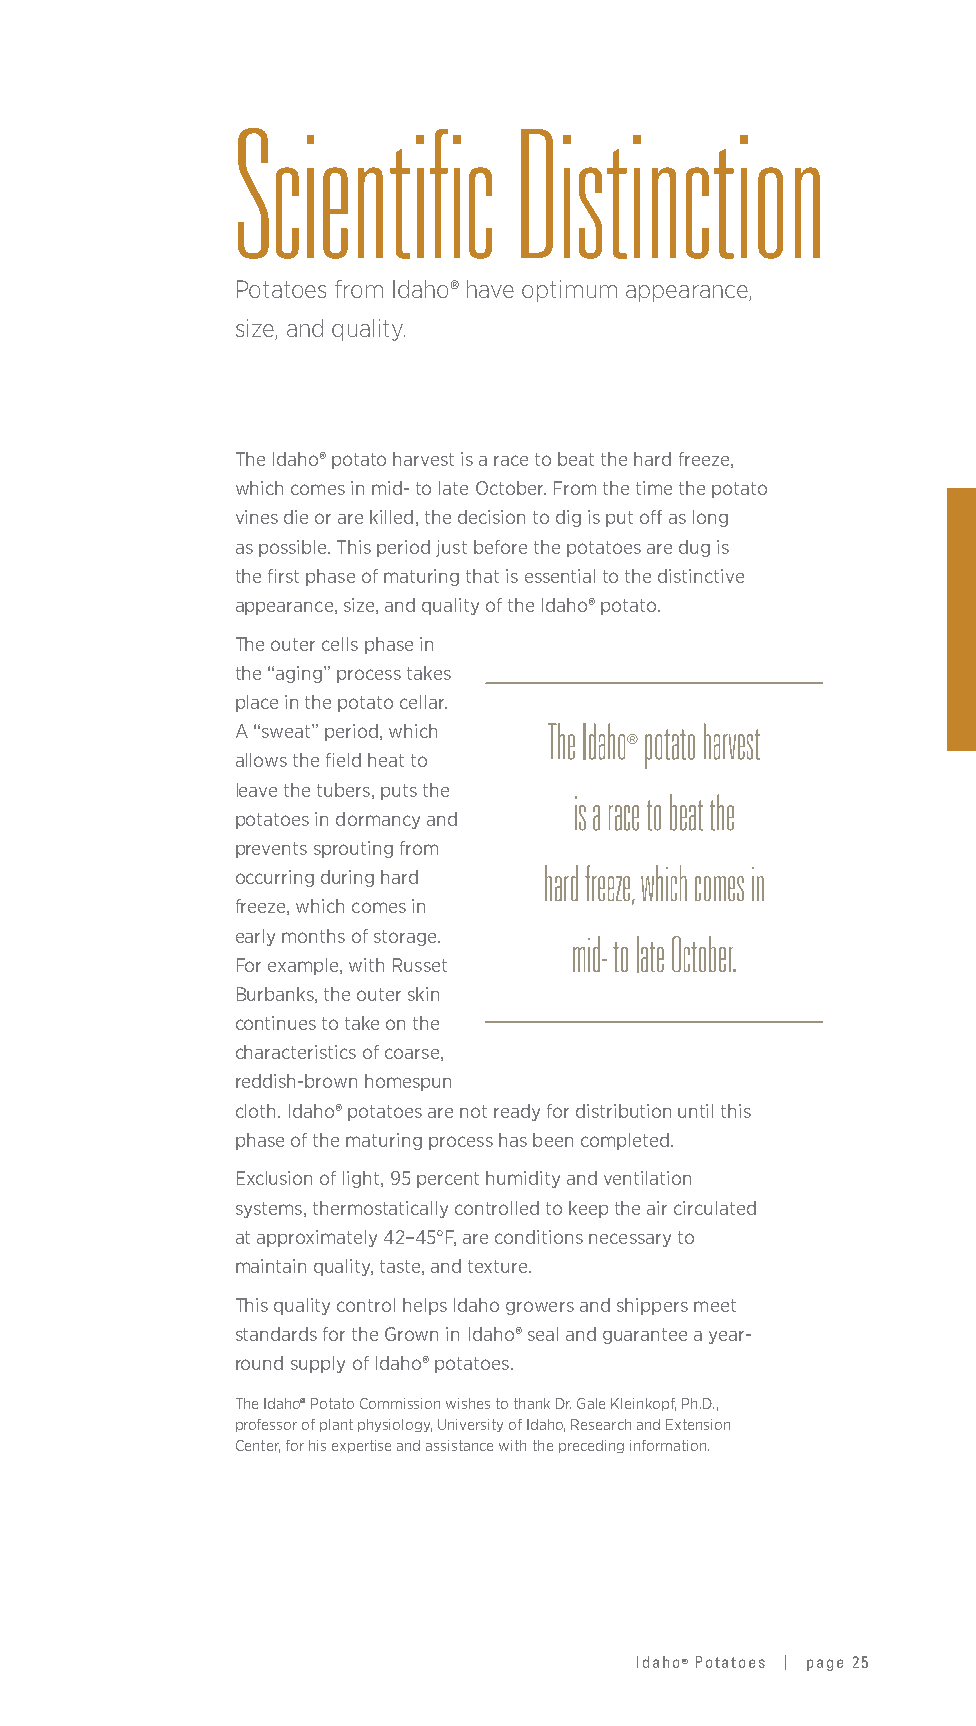
Scientific        Distinction
 Potatoes from Idaho® have optimum appearance,
 size, and quality.
 The Idaho® potato harvest is a race to beat the hard freeze,
 which comes in mid- to late October. From the time the potato
 vines die or are killed, the decision to dig is put off as long
 as possible. This period just before the potatoes are dug is
 the first phase of maturing that is essential to the distinctive
 appearance, size, and quality of the Idaho® potato.
 The outer cells phase in
 the “aging” process takes
 place in the potato cellar.
 A “sweat” period, which The Idaho potato harvest
 ®
 allows the field heat to
 leave the tubers, puts the
 is a race to beat the
 potatoes in dormancy and
 prevents sprouting from
 hard freeze, which comes in
 occurring during hard
 freeze, which comes in
 early months of storage. mid- to late October.
 For example, with Russet
 Burbanks, the outer skin
 continues to take on the
 characteristics of coarse,
 reddish-brown homespun
 cloth. Idaho® potatoes are not ready for distribution until this
 phase of the maturing process has been completed.
 Exclusion of light, 95 percent humidity and ventilation
 systems, thermostatically controlled to keep the air circulated
 at approximately 42–45°F, are conditions necessary to
 maintain quality, taste, and texture.
 This quality control helps Idaho growers and shippers meet
 standards for the Grown in Idaho® seal and guarantee a year-
 round supply of Idaho® potatoes.
 The Idaho® Potato Commission wishes to thank Dr. Gale Kleinkopf, Ph.D.,
 professor of plant physiology, University of Idaho, Research and Extension
 Center, for his expertise and assistance with the preceding information.
 Idaho® Potatoes | page 25